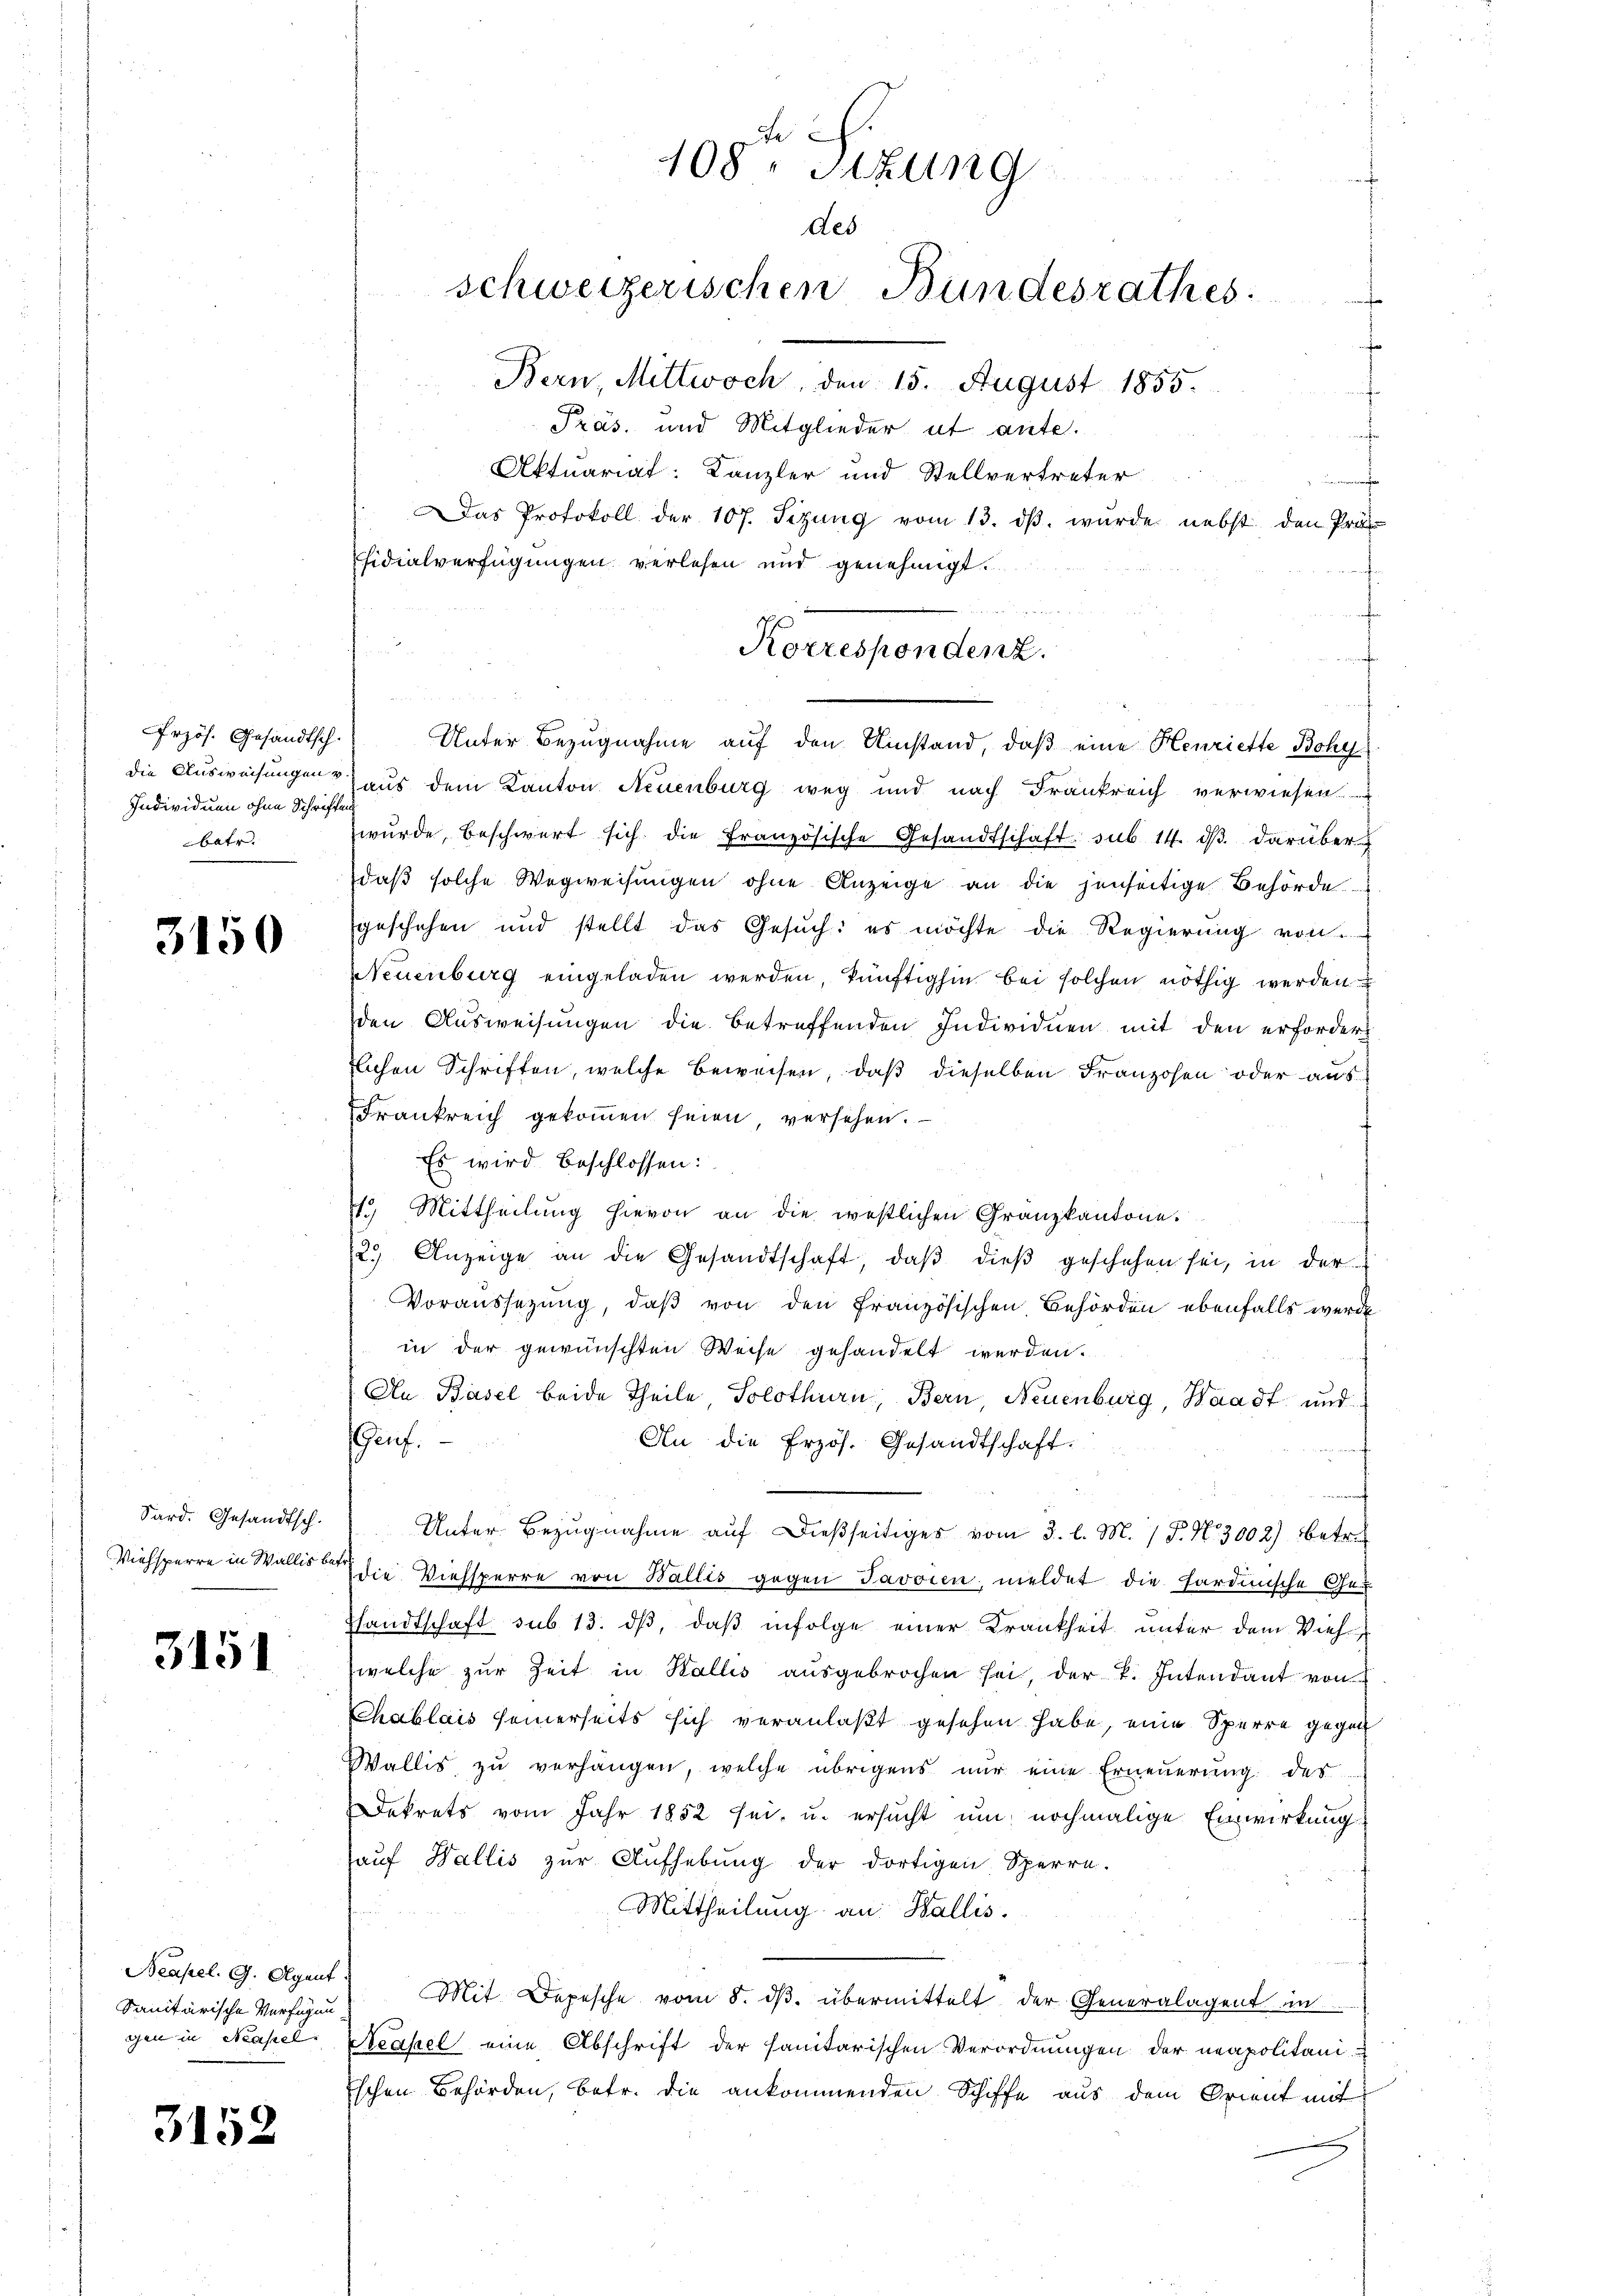
rzös. Gesandtsch.
die Ausweisungen v
Individuen ohne Schriften
batr.

3150

Sard. Gesandtsch.
Viehsperre in Wallis bei

3151

Neapel. G. Agent
Sanitärische Verfügung
gen in Masel.

3152

¬

r
108. Sitzung
des
schweizerischen Bundesrathes:
Bern, Mittwoch, den 15. August 1855.

Präs. und Mitglieder ut ante.
Aktuariat: Kanzler und Stellvertreter
Das Protokoll der 107. Sizŭng vom 13. dβ. wurde nebst den Präs
sidialverfügungen verlesen und genehmigt.
Unter Bezugnahme auf den Umstand, daß eine Henriette Bohy
aus dem Kanton Neuenburg weg und nach Frankreich verwiesen.
wŭrde, beschwert sich die französische Gesandtschaft sub 14. dβ darüber
daß solche Wegweisungen ohne Anzeige an die jenseitige Behörde
geschehen und stellt das Gesŭch: es möchte die Regierŭng von
Neuenburg eingeladen werden künftighin bei solchen nöthig werden
den Ausweisungen die betreffenden Individuen mit den erforder
lichen Schriften, welche Beweisen, daß dieselben Franzosen oder aus
Frankreich gekoṁen seien, versehen.
Es wird beschlossen:
4. Mittheilŭng hievon an die westlichen Granzkantone.
2.) Anzeige an die Gesandtschaft, daβ dieß geschehen sei, in der
Voraussezung, daß von den Französischen Behörden ebenfalls werde
in der gewünschten Weise gehandelt werden.
An Basel beide Theile Solothurn, Bern Neuenburg, Waadt und
Gauf.
An die Erzös. Gesandtschaft.
Unter-Bezŭgnahme auf dießseitiges vom 3. l. M. 1 P. N. 3002) betrefdie Viehsperre von Wallis gegen Javoren meldet die sardinische Gesandtschaft sub 13. ds, daß infolge einer Krankheit unter dem Viehwelche zur Zeit in Halles ausgebrochen sei, der B. Intendant von
Chablais seinerseits sich veranlaßt gesehen habe, eine Sperre gegen
Wallis zu verhängen, welche übrigens nur eine Erneuerung des
Dekrets vom Jahr 1852 sei, u. ersucht um nochmalige Einwirkung
auf Wallis zur Aufhebung der dortigen Sperre.
Mittheilung an Wallis.
Mit Depesche vom 8. dβ übermittelt der Generalagent in
Reapel eine Abschrift der sanitarischen Verordnungen der neapolitani-
ischen Behörden, betr. die ankommenden Schiffe aus dem Orient mit

er
Korrespondenz.